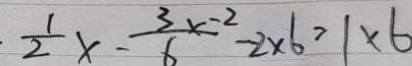
\frac { 1 } { 2 } x - \frac { 3 x - 2 } { 6 } - 2 \times 6 = 1 \times 6